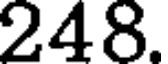
248.